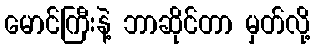
မောင်ကြီးနဲ့ ဘာဆိုင်တာ မှတ်လို့